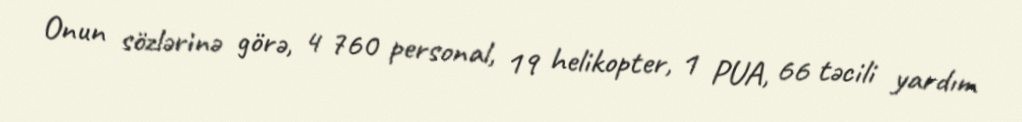
Onun sözlərinə görə, 4 760 personal, 19 helikopter, 1 PUA, 66 təcili yardım